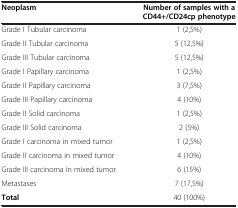
<table><thead><tr><td><b>Neoplasm</b></td><td><b>Number of samples with a CD44+/CD24cp phenotype</b></td></tr></thead><tbody><tr><td>Grade I Tubular carcinoma</td><td>1 (2,5%)</td></tr><tr><td>Grade II Tubular carcinoma</td><td>5 (12,5%)</td></tr><tr><td>Grade III Tubular carcinoma</td><td>5 (12,5%)</td></tr><tr><td>Grade I Papillary carcinoma</td><td>1 (2,5%)</td></tr><tr><td>Grade II Papillary carcinoma</td><td>3 (7,5%)</td></tr><tr><td>Grade III Papillary carcinoma</td><td>4 (10%)</td></tr><tr><td>Grade II Solid carcinoma</td><td>1 (2,5%)</td></tr><tr><td>Grade III Solid carcinoma</td><td>2 (5%)</td></tr><tr><td>Grade I carcinoma in mixed tumor</td><td>1 (2,5%)</td></tr><tr><td>Grade II carcinoma in mixed tumor</td><td>4 (10%)</td></tr><tr><td>Grade III carcinoma in mixed tumor</td><td>6 (15%)</td></tr><tr><td>Metastases</td><td>7 (17,5%)</td></tr><tr><td><b>Total</b></td><td>40 (100%)</td></tr></tbody></table>